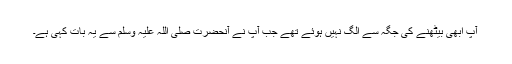
آپؐ ابھی بیٹھنے کی جگہ سے الگ نہیں ہوئے تھے جب آپؓ نے آنحضرت صلی اللہ علیہ وسلم سے یہ بات کہی ہے۔